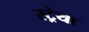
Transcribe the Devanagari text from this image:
स्ट्रेया